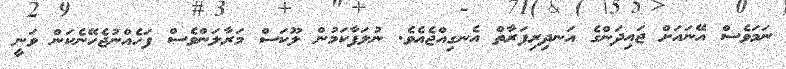
ނަމަވެސް އޭނައަށް ޖައިދަންގެ އަނދިރިފަރާތް އެނގިއްޖެއެވެ. ނުލަފާކަމުން ލޫކަސް މަރާލަންވެސް ފަހެއްނުޖެހޭނެކަން ވަނީ